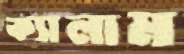
ক্যালাম